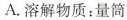
A.溶解物质：量筒